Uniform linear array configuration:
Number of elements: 48
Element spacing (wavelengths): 0.5
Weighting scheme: exponential
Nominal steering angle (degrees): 15
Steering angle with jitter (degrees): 15.389
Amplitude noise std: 0.05
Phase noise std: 0.05

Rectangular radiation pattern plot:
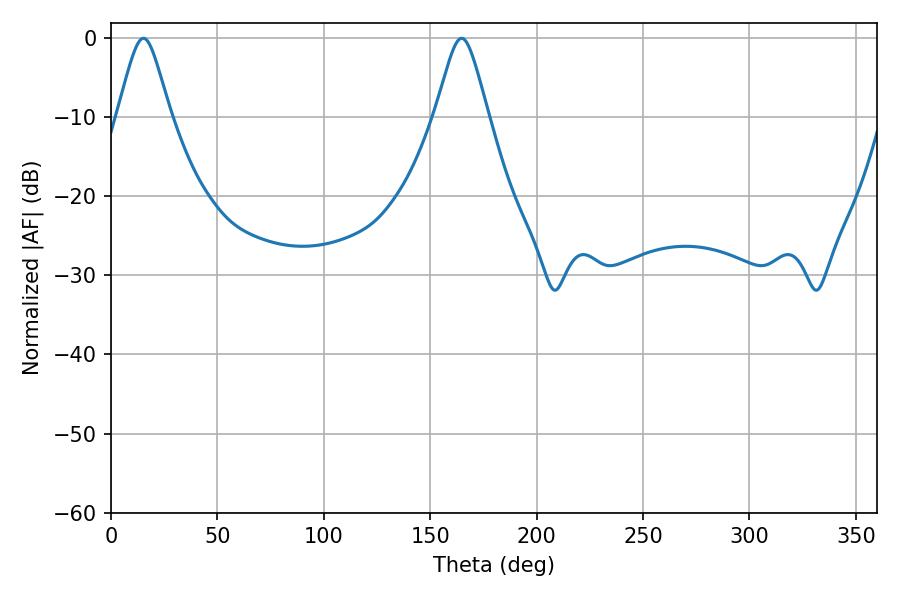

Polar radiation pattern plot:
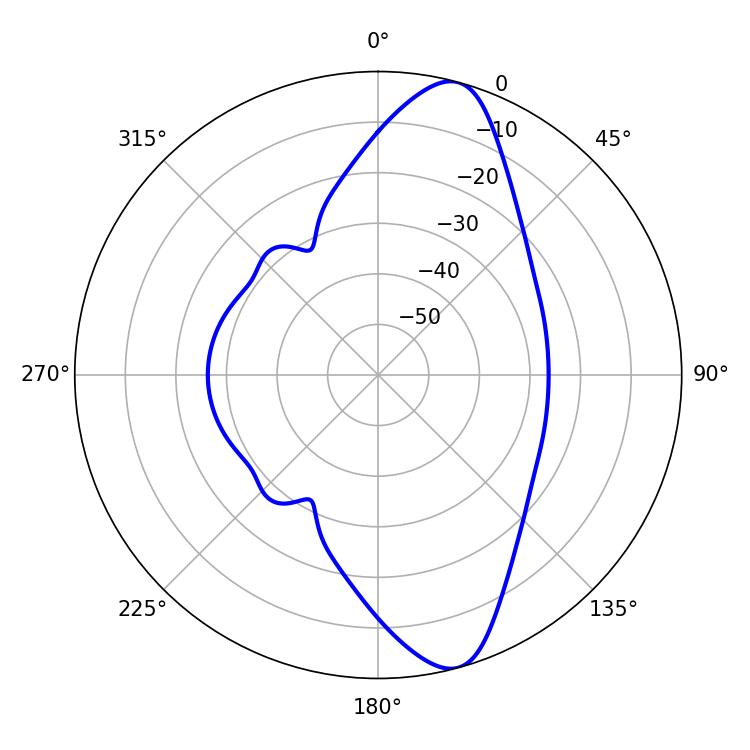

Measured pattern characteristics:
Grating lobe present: FALSE
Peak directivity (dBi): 11.65
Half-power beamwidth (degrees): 11.88
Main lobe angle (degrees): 15.3